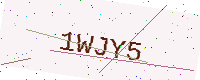
Text: 1WJY5